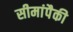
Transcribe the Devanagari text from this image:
सीमांपैकी